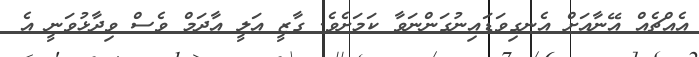
އެއްޗެއް އޭނާއަށް އެނގިވަޑައިނުގަންނަވާ ކަމަށެވެ. ގާޒީ އަލީ އާދަމް ވެސް ވިދާޅުވަނީ އެ